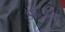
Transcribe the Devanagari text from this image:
डॉ॰डूम